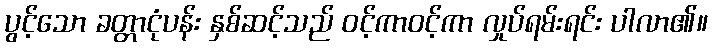
ပွင့်သော ခတ္တာငုံပန်း နှစ်ဆင့်သည် ဝင့်ကာဝင့်ကာ လှုပ်ရမ်းရင်း ပါလာ၏။